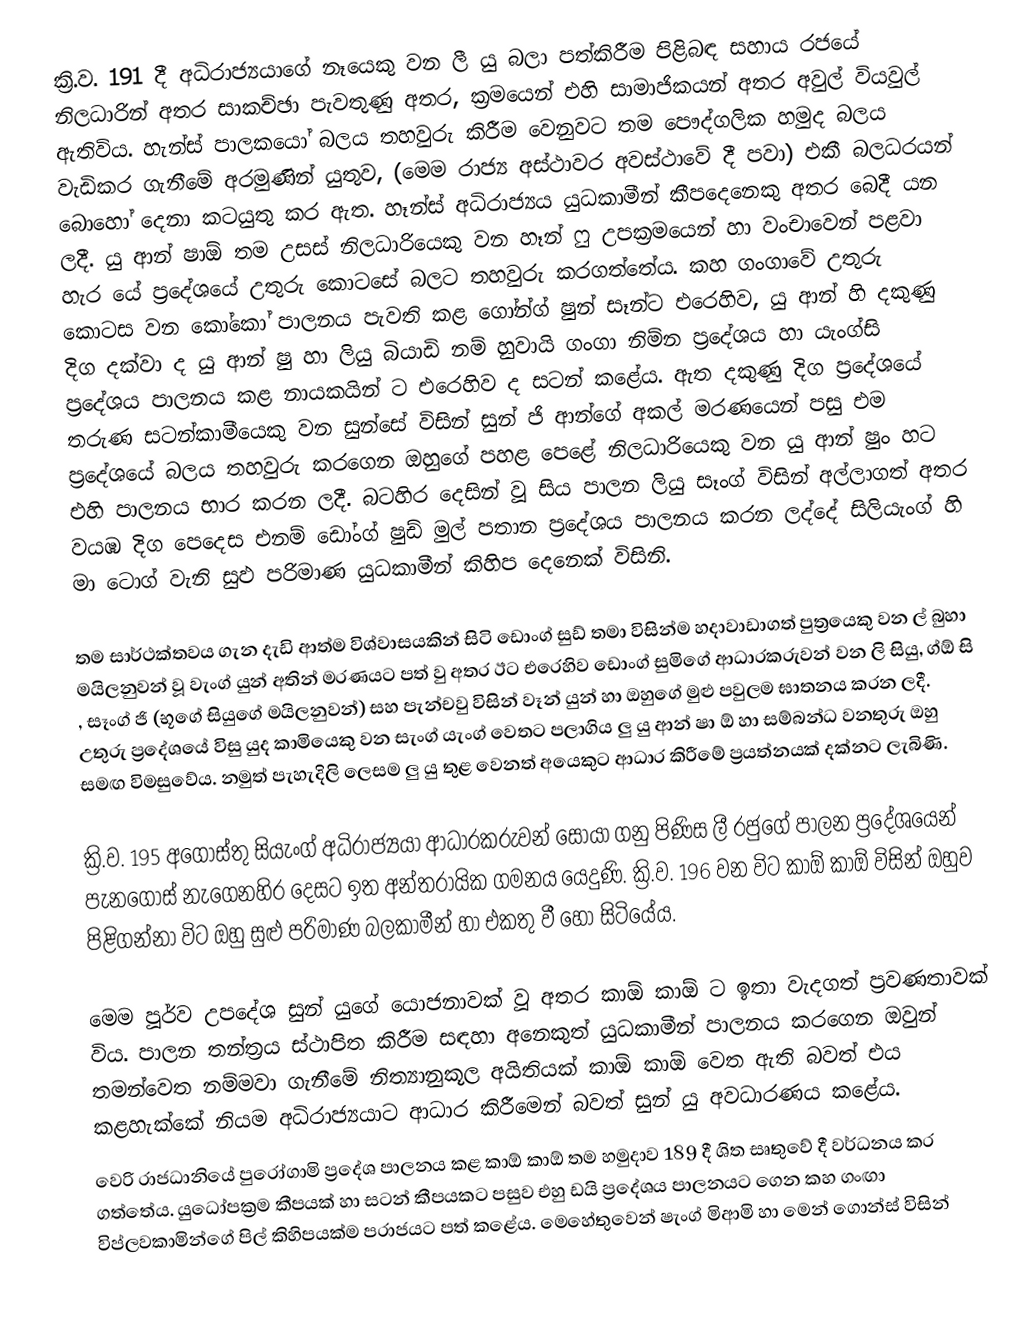
ක්‍රි.ව. 191 දී අධිරාජ්‍යයාගේ නෑයෙකු වන ලී යු බලා පත්කිරීම පිළිබඳ සහාය රජයේ නිලධාරින් අතර සාකච්ඡා පැවතුණු අතර, ක්‍රමයෙන් එහි සාමාජිකයන් අතර අවුල් වියවුල් ඇතිවිය. හැන්ස් පාලකයෝ බලය තහවුරු කිරීම වෙනුවට තම පෞද්ගලික හමුද බලය වැඩිකර ගැනීමේ අරමුණින් යුතුව, (මෙම රාජ්‍ය අස්ථාවර අවස්ථාවේ දී පවා) එකී බලධරයන් බොහෝ දෙනා කටයුතු කර ඇත. හෑන්ස් අධිරාජ්‍යය යුධකාමීන් කීපදෙනෙකු අතර බෙදී යන ලදී. යු ආන් ෂාඕ  තම උසස් නිලධාරියෙකු වන හෑන් ෆු උපක්‍රමයෙන් හා වංචාවෙන් පළවා හැර යේ ප්‍රදේශයේ උතුරු කොටසේ බලට තහවුරු කරගත්තේය. කහ ගංගාවේ උතුරු කොටස වන කෝකෝ පාලනය පැවති කළ ගෝන්ග් ෂුන් සෑන්ට එරෙහිව, යු ආන් හි දකුණු දිග දක්වා ද යු ආන් ෂු හා ලියු බියාඩි නම් හුවායි ගංගා නිම්න ප්‍රදේශය හා යැංග්සි ප්‍රදේශය පාලනය කළ නායකයින් ට එරෙහිව ද සටන් කළේය. ඇත දකුණු දිග ප්‍රදේශයේ තරුණ සටන්කාමීයෙකු වන සුන්සේ විසින්  සුන් ජි ආන්ගේ අකල් මරණයෙන් පසු එම ප්‍රදේශයේ බලය තහවුරු කරගෙන ඔහුගේ පහළ පෙළේ නිලධාරියෙකු වන යු ආන් ෂුං හට එහි පාලනය භාර කරන ලදී. බටහිර දෙසින් වූ සිය පාලන ලියු සෑංග් විසින් අල්ලාගත් අතර වයඹ දිග පෙදෙස  එනම් ‍‍ඩෝංග් ෂුඩ් මුල් පතාන ප්‍රදේශය පාලනය කරන ලද්දේ සිලියැංග් හි මා  ටොග් වැනි සුඵ පරිමාණ යුධකාමීන් කිහිප දෙනෙක් විසිනි.

තම සාර්ථක්තවය ගැන දැඩි ආත්ම විශ්වාසයකින් සිටි ‍ඩොංග් සුඩ් තමා විසින්ම හදාවාඩාගත් පුත්‍රයෙකු වන ල් බුහා මයිලනුවන් වූ  වැංග් යුන් අතින් මරණයට පත් වු අතර ඊට එරෙහිව  ඩොංග් සුමිගේ ආධාරකරුවන් වන ලි සියු, ග්ඕ සි , සෑංග් ජි (භූගේ සියුගේ මයිලනුවන්) සහ පැන්චවු විසින් වෑන් යුන් හා ඔහුගේ මුළු පවුලම ඝාතනය කරන ලදී. උතුරු ප්‍රදේශයේ විසු යුද කාමියෙකු වන සැංග් යැංග් වෙතට පලාගිය ලු යු ආන් ෂා ඕ හා සම්බන්ධ වනතුරු ඔහු සමඟ විමසුවේය. නමුත් පැහැදිලි ලෙසම ලු යු තුළ වෙනත් අයෙකුට ආධාර කිරීමේ ප්‍රයත්නයක් දක්නට ලැබිණි.

ක්‍රි.ව. 195 අගෝස්තු සියැංග් අධිරාජ්‍යයා ආධාරකරුවන් සොයා ගනු පිණිස ලී රජුගේ පාලන ප්‍රදේශයෙන් පැනගොස් නැගෙනහිර දෙසට ඉත අන්තරායික ගමනය යෙදුණි. ක්‍රි.ව. 196 වන විට කාඕ කාඕ විසින් ඔහුව පිළිගන්නා විට ඔහු සුළු පරිමාණ බලකාමීන් හා එකතු වී හෝ සිටියේය.

මෙම පූර්ව උපදේශ සුන් යුගේ යොජනාවක් වූ අතර කාඕ කාඕ ට ඉතා වැදගත් ප්‍රවණතාවක් විය.  පාලන තන්ත්‍රය ස්ථාපිත කිරීම සඳහා අනෙකුත් යුධකාමීන් පාලනය කරගෙන ඔවුන් තමන්වෙත නම්මවා ගැනීමේ නිත්‍යානුකූල අයිතියක් කාඕ කාඕ වෙත ඇති බවත් එය කළහැක්කේ නියම අධිරාජ්‍යයාට ආධාර කිරීමෙන් බවත් සුන් යු අවධාරණය ක‍ළේය.
වෙරි රාජධානියේ පුරෝගාමි ප්‍රදේශ පාලනය කළ කාඕ කාඕ තම හමුදාව 189 දී ශිත සෘතුවේ දී වර්ධනය කර ගත්තේය. යුධෝපක්‍රම කීපයක් හා සටන් කීපයකට පසුව එහු ඩයි ප්‍රදේශය පාලනයට ගෙන කහ ගංඟා විප්ලවකාමින්ගේ පිල් කිහිපයක්ම පරාජයට පත් කළේය. මෙහේතුවෙන් ෂැංග් මිආමි හා මෙන් ගොන්ස් විසින්